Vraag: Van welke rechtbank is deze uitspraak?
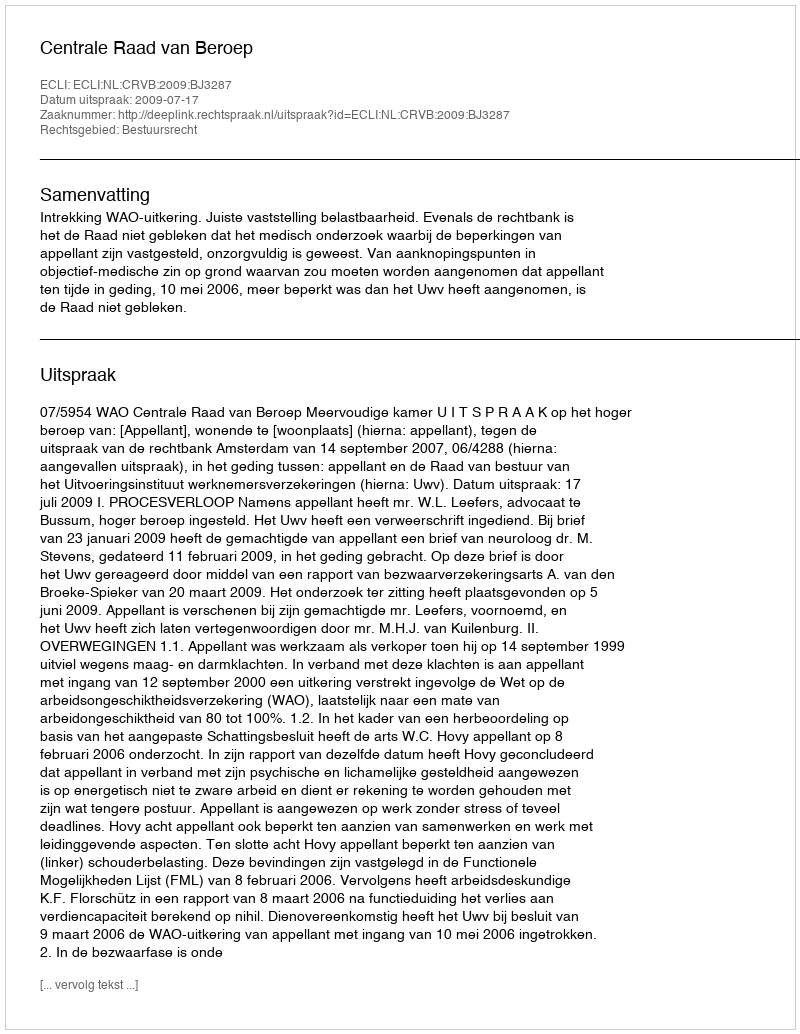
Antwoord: Centrale Raad van Beroep